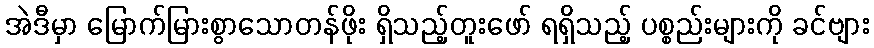
အဲဒီမှာ မြောက်မြားစွာသောတန်ဖိုး ရှိသည့်တူးဖော် ရရှိသည့် ပစ္စည်းများကို ခင်ဗျား